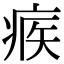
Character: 𤶥